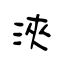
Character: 浹